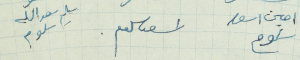
امين اسعد سلوم     اسعد سلوم     سليم سعدالله سلوم